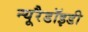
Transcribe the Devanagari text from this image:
न्यूरैडॉइडी